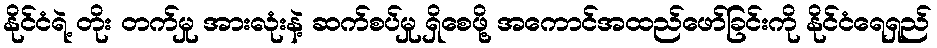
နိုင်ငံရဲ့ တိုး တက်မှု အားလုံးနဲ့ ဆက်စပ်မှု ရှိစေဖို့ အကောင်အထည်ဖော်ခြင်းကို နိုင်ငံရေရှည်